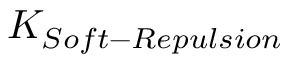
K _ { S o f t - R e p u l s i o n }